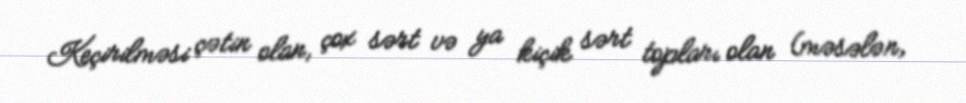
Keçirilməsi çətin olan, çox sərt və ya kiçik sərt topları olan (məsələn,